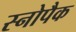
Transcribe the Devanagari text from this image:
स्नोपैक